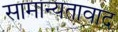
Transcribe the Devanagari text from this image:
सामान्यतावाद